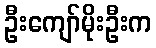
ဦးကျော်မိုးဦးက